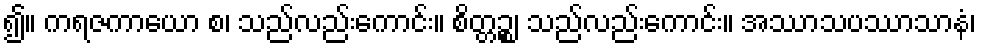
၍။ ကရဇကာယော စ၊ သည်လည်းကောင်း။ စိတ္တဉ္စ၊ သည်လည်းကောင်း။ အဿာသပဿာသာနံ၊